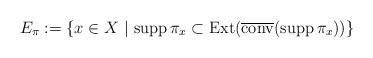
LaTeX: \begin{align*} E_\pi :=\{ x \in X \ | \ {\rm supp \, } \pi_x \subset {\rm Ext} ( \overline{{\rm conv}} ({\rm supp \, } \pi_x ))\} \end{align*}